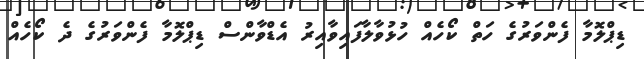
ޑިޕްލޮމާ ފެންވަރުގެ ހަތް ކޯހެއް ހުޅުވާލާފައިވާއިރު އެޑްވާންސް ޑިޕްލޮމާ ފެންވަރުގެ ދެ ކޯހެއް